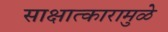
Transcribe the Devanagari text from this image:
साक्षात्कारामुळे